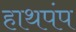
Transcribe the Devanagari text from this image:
हाथपंप